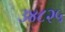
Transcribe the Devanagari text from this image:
३४८२५